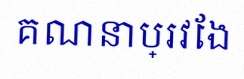
គណនាប្រវែង